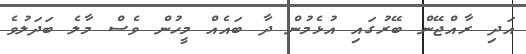
އަދި ރާއްޖޭން ބޭރުގައި އުޅެމުން ދާ ބައެއް މީހުން ވެސް މާލެ ބަދަލުވެ